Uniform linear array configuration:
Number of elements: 4
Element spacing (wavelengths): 0.5
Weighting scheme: cosine
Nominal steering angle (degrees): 60
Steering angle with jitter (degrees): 59.47
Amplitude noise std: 0.05
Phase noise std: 0.05

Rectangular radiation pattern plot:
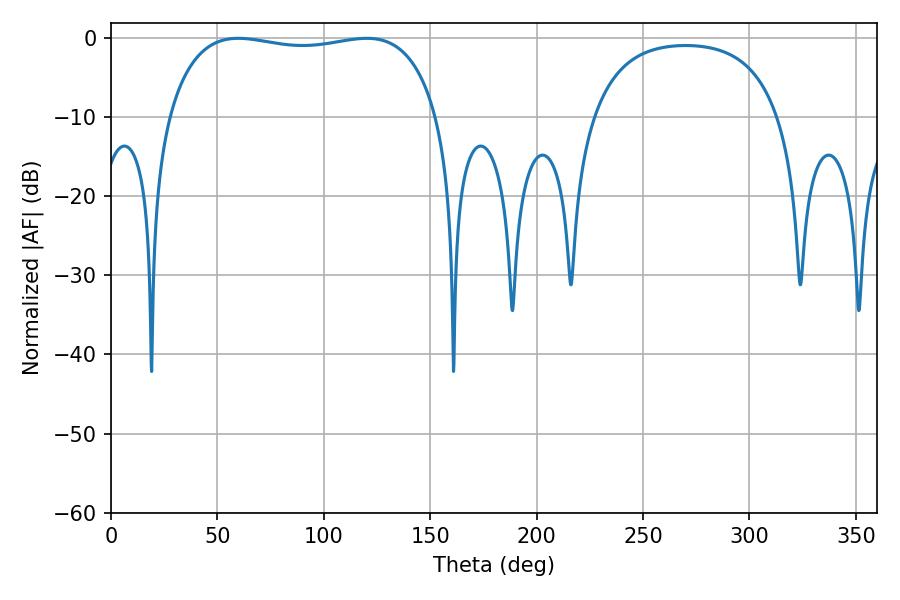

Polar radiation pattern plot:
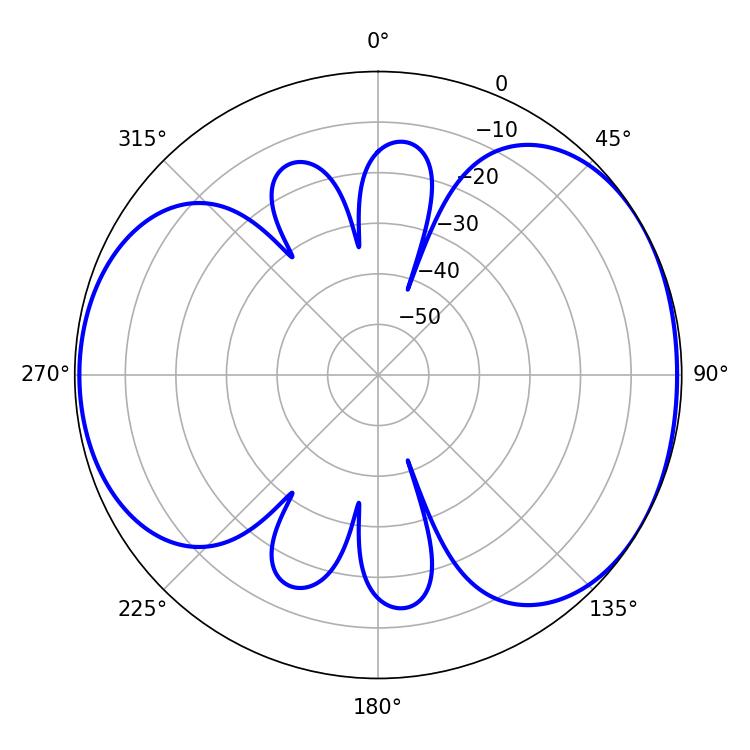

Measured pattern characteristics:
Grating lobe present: FALSE
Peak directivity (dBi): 4.901
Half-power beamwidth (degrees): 102.6
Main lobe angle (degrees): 59.76